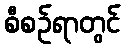
စီစဉ်ရာတွင်